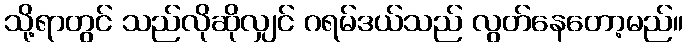
သို့ရာတွင် သည်လိုဆိုလျှင် ဂရမ်ဒယ်သည် လွတ်နေတော့မည်။